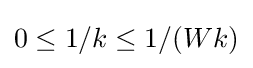
0\leq 1/k\leq 1/(Wk)